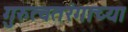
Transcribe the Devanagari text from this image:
गुरुत्वतरंगाच्या